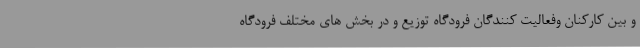
و بین کارکنان وفعالیت کنندگان فرودگاه توزیع و در بخش های مختلف فرودگاه